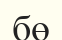
бө